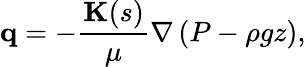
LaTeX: \mathbf{q}=-\frac{\mathbf{K}(s)}{\mu}\nabla\left(P-\rho gz\right),